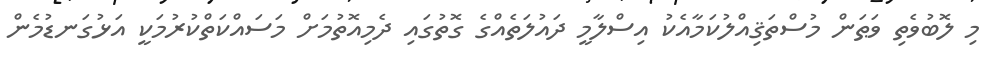
މި ލޮބުވެތި ވަޠަން މުސްތަޤިއްލުކަމާއެކު އިސްލާމީ ދައުލަތެއްގެ ގޮތުގައި ދެމިއޮތުމަށް މަސައްކަތްކުރުމަކީ އަޅުގަނޑުމެން